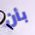
بأن